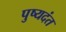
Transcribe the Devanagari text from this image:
पुष्यदंत